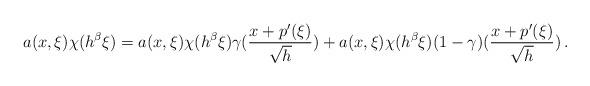
LaTeX: \begin{align*}a(x,\xi)\chi(h^{\beta}\xi) = a(x,\xi)\chi(h^{\beta}\xi)\gamma(\frac{x+p'(\xi)}{\sqrt{h}}) + a(x,\xi)\chi(h^{\beta}\xi)(1-\gamma)(\frac{x+p'(\xi)}{\sqrt{h}})\, .\end{align*}